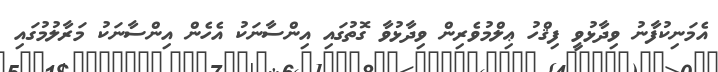
އެމަނިކުފާނު ވިދާޅުވީ ފިޤްހު ޢިލްމުވެރިން ވިދާޅުވާ ގޮތުގައި އިންސާނަކު އެހެން އިންސާނަކު މަރާލުމުގައި